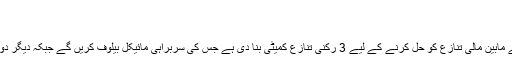
آئی سی سی | کرک نامہ - حصہ 2
شہزاد اسلم	 12 اپریل 2018 0
آئی سی سی نے پی سی بی اور بی سی سی آئی کے مابین مالی تنازع کو حل کرنے کے لیے 3 رکنی تنازع کمیٹی بنا دی ہے جس کی سربراہی مائیکل بیلوف کریں گے جبکہ دیگر دو ارکان میں جان پالسن اور اینا بیلی بینٹ شامل ہیں۔